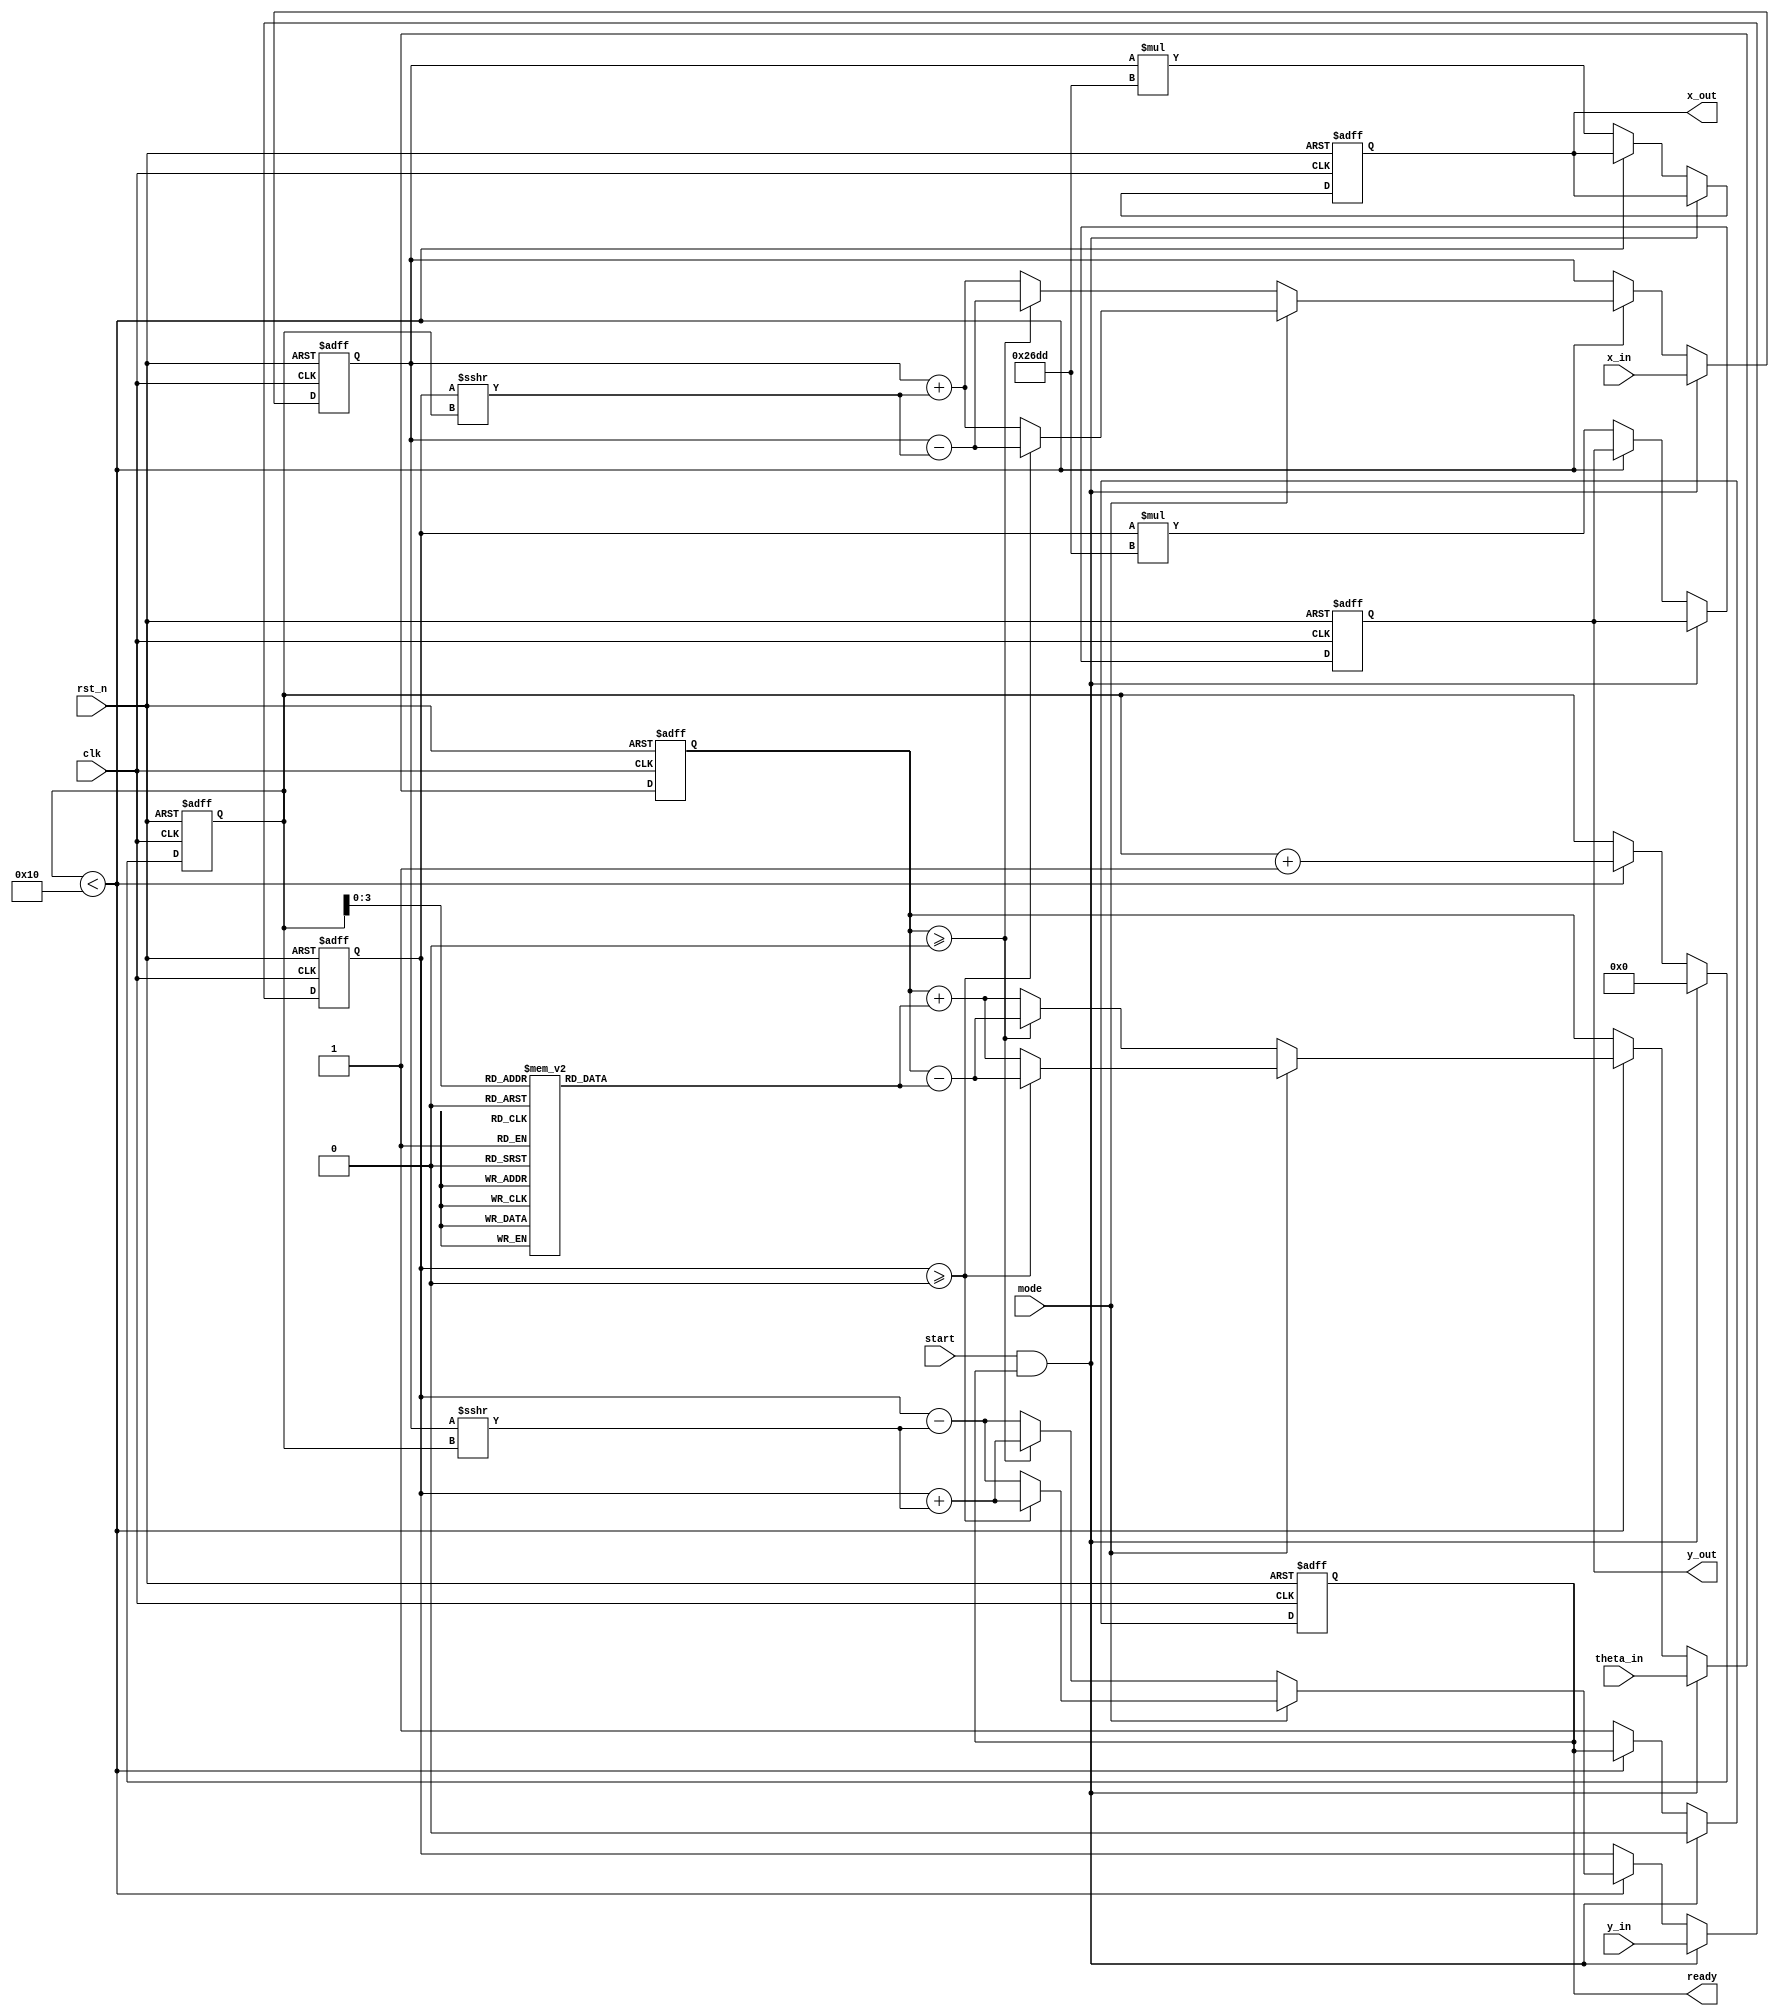
module modified_cordic #(
    parameter DATA_WIDTH = 16,
    parameter ITERATIONS = 16
)(
    input wire clk,
    input wire rst_n,
    input wire [DATA_WIDTH-1:0] x_in,
    input wire [DATA_WIDTH-1:0] y_in,
    input wire [DATA_WIDTH-1:0] theta_in, // Input angle in radians (for vectoring mode)
    input wire mode, // 0: rotation mode, 1: vectoring mode
    input wire start,
    output reg [DATA_WIDTH-1:0] x_out,
    output reg [DATA_WIDTH-1:0] y_out,
    output reg ready
);

// Constants
reg [DATA_WIDTH-1:0] atan_table[0:ITERATIONS-1]; // Arctangent lookup table
reg [DATA_WIDTH-1:0] scale_factor = 16'h26DD; // Scaling factor for CORDIC

// Internal Signals
reg [DATA_WIDTH-1:0] x_reg, y_reg;
reg [DATA_WIDTH-1:0] theta_reg;
reg [4:0] iteration_count; // Counter for iterations

// Initialize arctangent values (for example, in radians)
initial begin
    atan_table[0] = 16'h2000; // atan(2^-0)
    atan_table[1] = 16'h1000; // atan(2^-1)
    atan_table[2] = 16'h0800; // atan(2^-2)
    atan_table[3] = 16'h0400; // atan(2^-3)
    atan_table[4] = 16'h0200; // atan(2^-4)
    atan_table[5] = 16'h0100; // atan(2^-5)
    atan_table[6] = 16'h0080; // atan(2^-6)
    atan_table[7] = 16'h0040; // atan(2^-7)
    atan_table[8] = 16'h0020; // atan(2^-8)
    atan_table[9] = 16'h0010; // atan(2^-9)
    atan_table[10] = 16'h0008; // atan(2^-10)
    atan_table[11] = 16'h0004; // atan(2^-11)
    atan_table[12] = 16'h0002; // atan(2^-12)
    atan_table[13] = 16'h0001; // atan(2^-13)
    atan_table[14] = 16'h0001; // atan(2^-14)
    atan_table[15] = 16'h0000; // atan(2^-15)
end

// Control Logic
always @(posedge clk or negedge rst_n) begin
    if (!rst_n) begin
        x_reg <= 0;
        y_reg <= 0;
        theta_reg <= 0;
        iteration_count <= 0;
        x_out <= 0;
        y_out <= 0;
        ready <= 1; // Ready to accept new input
    end else if (start && ready) begin
        // Load inputs
        x_reg <= x_in;
        y_reg <= y_in;
        theta_reg <= theta_in;
        iteration_count <= 0;
        ready <= 0; // Not ready until operation completes
    end else if (iteration_count < ITERATIONS) begin
        // CORDIC Iteration
        if (mode == 1'b0) begin // Rotation Mode
            if (theta_reg >= 0) begin
                // Perform rotation
                x_reg <= x_reg - (y_reg >>> iteration_count);
                y_reg <= y_reg + (x_reg >>> iteration_count);
                theta_reg <= theta_reg - atan_table[iteration_count];
            end else begin
                // Perform rotation in the opposite direction
                x_reg <= x_reg + (y_reg >>> iteration_count);
                y_reg <= y_reg - (x_reg >>> iteration_count);
                theta_reg <= theta_reg + atan_table[iteration_count];
            end
        end else begin // Vectoring Mode
            if (y_reg >= 0) begin
                // Perform vectoring
                x_reg <= x_reg - (y_reg >>> iteration_count);
                y_reg <= y_reg + (x_reg >>> iteration_count);
                theta_reg <= theta_reg - atan_table[iteration_count];
            end else begin
                // Perform vectoring in the opposite direction
                x_reg <= x_reg + (y_reg >>> iteration_count);
                y_reg <= y_reg - (x_reg >>> iteration_count);
                theta_reg <= theta_reg + atan_table[iteration_count];
            end
        end
        iteration_count <= iteration_count + 1;
    end else begin
        // Finalize output after all iterations
        x_out <= x_reg * scale_factor; // Apply scaling
        y_out <= y_reg * scale_factor; // Apply scaling
        ready <= 1; // Indicate readiness for next operation
    end
end

endmodule